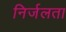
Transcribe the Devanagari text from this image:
निर्जलता